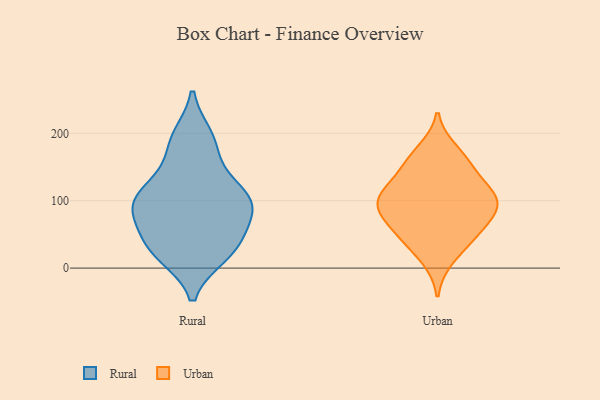
{"axis": {"x": "Demand Index", "y": "Value"}, "legend": ["Rural", "Urban"], "data": [{"x": "", "y": 192, "type": "Rural"}, {"x": "", "y": 122, "type": "Rural"}, {"x": "", "y": 177, "type": "Rural"}, {"x": "", "y": 19, "type": "Rural"}, {"x": "", "y": 89, "type": "Rural"}, {"x": "", "y": 137, "type": "Rural"}, {"x": "", "y": 35, "type": "Rural"}, {"x": "", "y": 96, "type": "Rural"}, {"x": "", "y": 195, "type": "Rural"}, {"x": "", "y": 83, "type": "Rural"}, {"x": "", "y": 23, "type": "Rural"}, {"x": "", "y": 89, "type": "Rural"}, {"x": "", "y": 20, "type": "Rural"}, {"x": "", "y": 50, "type": "Rural"}, {"x": "", "y": 106, "type": "Rural"}, {"x": "", "y": 43, "type": "Rural"}, {"x": "", "y": 106, "type": "Rural"}, {"x": "", "y": 88, "type": "Rural"}, {"x": "", "y": 52, "type": "Urban"}, {"x": "", "y": 157, "type": "Urban"}, {"x": "", "y": 14, "type": "Urban"}, {"x": "", "y": 92, "type": "Urban"}, {"x": "", "y": 106, "type": "Urban"}, {"x": "", "y": 124, "type": "Urban"}, {"x": "", "y": 174, "type": "Urban"}, {"x": "", "y": 98, "type": "Urban"}, {"x": "", "y": 155, "type": "Urban"}, {"x": "", "y": 91, "type": "Urban"}, {"x": "", "y": 77, "type": "Urban"}, {"x": "", "y": 48, "type": "Urban"}, {"x": "", "y": 93, "type": "Urban"}, {"x": "", "y": 46, "type": "Urban"}, {"x": "", "y": 122, "type": "Urban"}]}